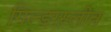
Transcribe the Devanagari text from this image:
गिल्डरस्लीव